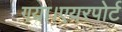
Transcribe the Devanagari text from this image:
गया।एयरपोर्ट